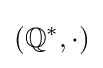
\left(\mathbb {Q} ^{*},\cdot \right)